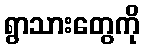
ရွာသားတွေကို